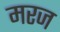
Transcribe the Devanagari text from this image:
मरज